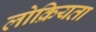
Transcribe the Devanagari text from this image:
लोक्रियता